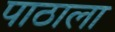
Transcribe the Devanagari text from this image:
पाठाला